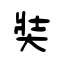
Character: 奘